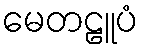
မေတဠူပံ